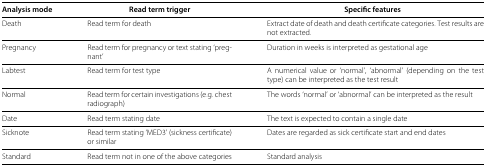
| Analysis mode | Read term trigger | Specific features |
 | --- | --- | --- |
 | Death | Read term for death | Extract date of death and death certificate categories. Test results are not extracted. |
 | Pregnancy | Read term for pregnancy or text stating ‘pregnant’ | Duration in weeks is interpreted as gestational age |
 | Labtest | Read term for test type | A numerical value or ‘normal’, ‘abnormal’ (depending on the test type) can be interpreted as the test result |
 | Normal | Read term for certain investigations (e.g. chest radiograph) | The words ‘normal’ or ‘abnormal’ can be interpreted as the result |
 | Date | Read term stating date | The text is expected to contain a single date |
 | Sicknote | Read term stating ‘MED3’ (sickness certificate) or similar | Dates are regarded as sick certificate start and end dates |
 | Standard | Read term not in one of the above categories | Standard analysis |